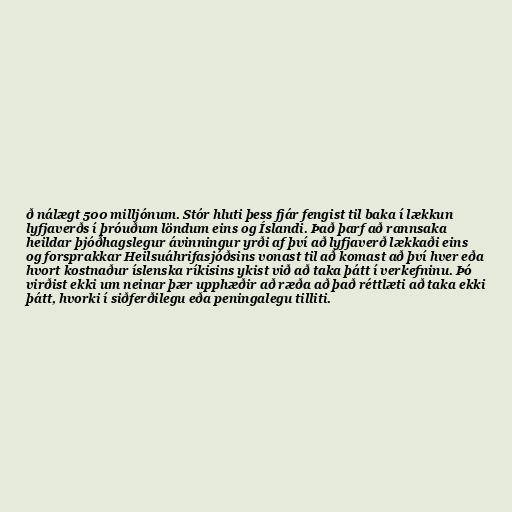
ð nálægt 500 milljónum. Stór hluti þess fjár fengist til baka í lækkun
lyfjaverðs í þróuðum löndum eins og Íslandi. Það þarf að rannsaka
heildar þjóðhagslegur ávinningur yrði af því að lyfjaverð lækkaði eins
og forsprakkar Heilsuáhrifasjóðsins vonast til að komast að því hver eða
hvort kostnaður íslenska ríkisins ykist við að taka þátt í verkefninu. Þó
virðist ekki um neinar þær upphæðir að ræða að það réttlæti að taka ekki
þátt, hvorki í siðferðilegu eða peningalegu tilliti.